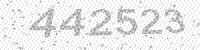
Solution: 442523